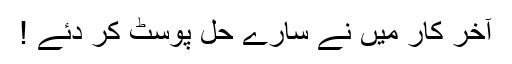
آخر کار میں نے سارے حل پوسٹ کر دئے !